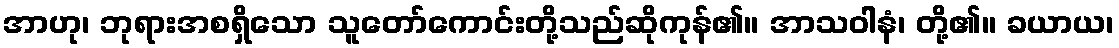
အာဟု၊ ဘုရားအစရှိသော သူတော်ကောင်းတို့သည်ဆိုကုန်၏။ အာသဝါနံ၊ တို့၏။ ခယာယ၊